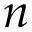
n